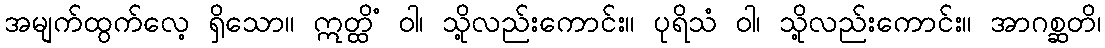
အမျက်ထွက်လေ့ ရှိသော။ ဣတ္ထိံ ဝါ၊ သို့လည်းကောင်း။ ပုရိသံ ဝါ၊ သို့လည်းကောင်း။ အာဂစ္ဆတိ၊